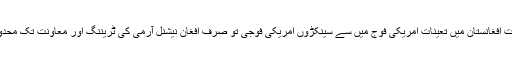
اس وقت افغانستان میں تعینات امریکی فوج میں سے سینکڑوں امریکی فوجی تو صرف افغان نیشنل آرمی کی ٹریننگ اور معاونت تک محدود ہیں۔